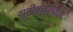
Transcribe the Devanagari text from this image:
परीक्षणाचा